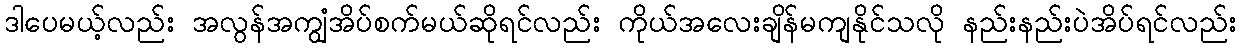
ဒါပေမယ့်လည်း အလွန်အကျွံအိပ်စက်မယ်ဆိုရင်လည်း ကိုယ်အလေးချိန်မကျနိုင်သလို နည်းနည်းပဲအိပ်ရင်လည်း